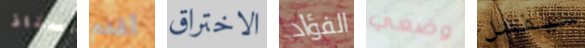
أستاذ أقدم الاختراق الفؤاد وضعي سيفشل